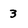
Character: 3